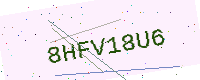
Text: 8HFV18U6